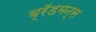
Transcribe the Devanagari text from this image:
ब्रॅडमन्स